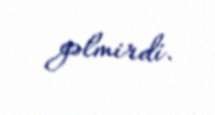
gəlmirdi.